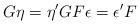
LaTeX: \begin{align*} G\eta =\eta ^{\prime }GF\epsilon =\epsilon ^{\prime}F\end{align*}